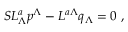
S L _ { \Lambda } ^ { a } p ^ { \Lambda } - L ^ { a \Lambda } q _ { \Lambda } = 0 \ ,